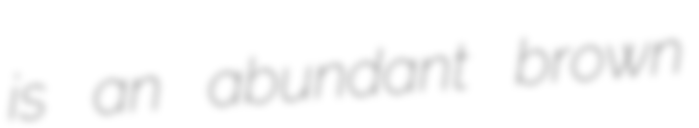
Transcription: is an abundant brown